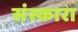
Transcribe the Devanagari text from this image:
संस्कारा